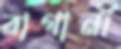
বাগানী